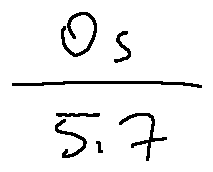
\frac { 0 s } { 5 . 7 }